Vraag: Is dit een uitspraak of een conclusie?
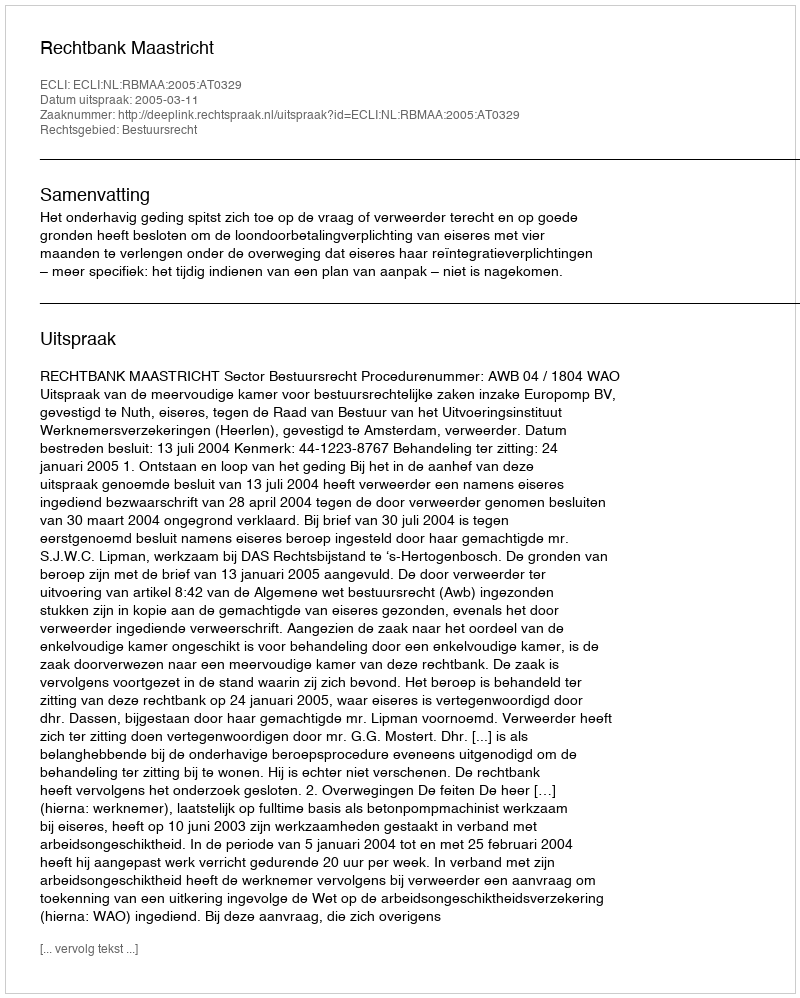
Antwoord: Uitspraak